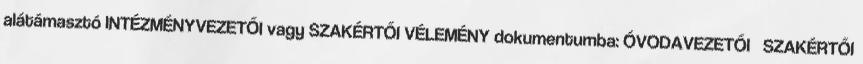
alátámasztó INTÉZMÉNYVEZETŐI vagy SZAKÉRTŐI VÉLEMÉNY dokumentumba: ÓVODAVEZETŐI SZAKÉRTŐI